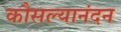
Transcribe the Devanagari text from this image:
कौसल्यानंदन